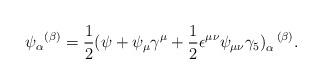
LaTeX: \begin{align*}{\psi_\alpha}^{(\beta)} = \frac{1}{2}(\psi+\psi_\mu\gamma^\mu +\frac{1}{2}\epsilon^{\mu\nu} \psi_{\mu\nu}\gamma_5)_\alpha^{\ \ (\beta)}.\end{align*}